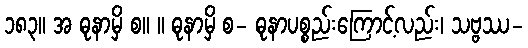
၁၈၃။ အ ဓုနာမှိ စ။ ။ ဓုနာမှိ စ- ဓုနာပစ္စည်းကြောင့်လည်း၊ သဗ္ဗဿ-